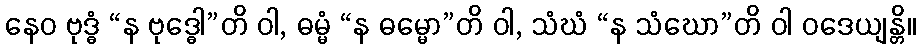
နေဝ ဗုဒ္ဓံ “န ဗုဒ္ဓေါ”တိ ဝါ, ဓမ္မံ “န ဓမ္မော”တိ ဝါ, သံဃံ “န သံဃော”တိ ဝါ ဝဒေယျန္တိ။